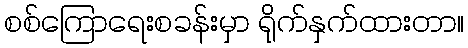
စစ်ကြောရေးစခန်းမှာ ရိုက်နှက်ထားတာ။